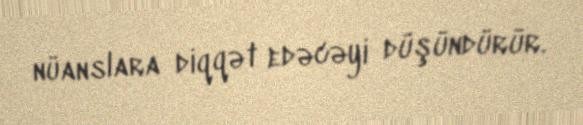
nüanslara diqqət edəcəyi düşündürür.